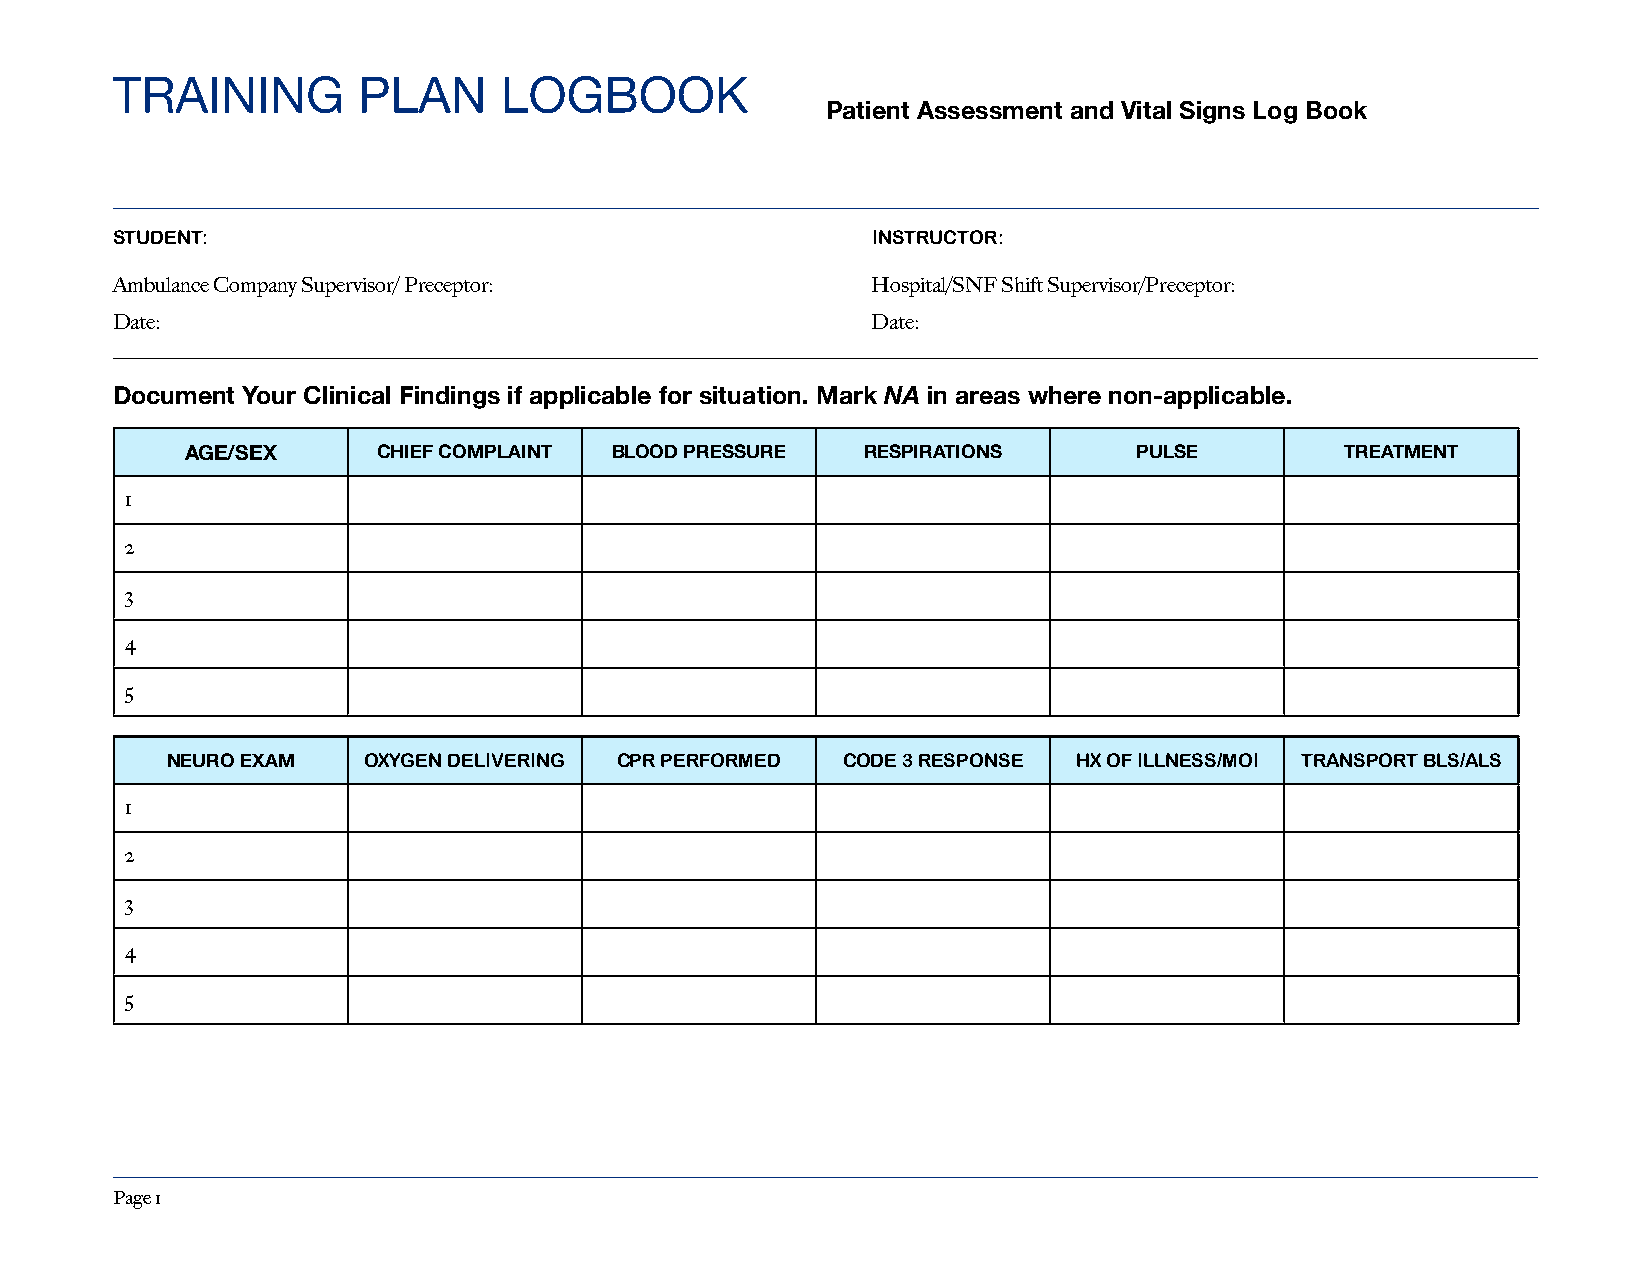
TRAINING         PLAN     LOGBOOK
 Patient Assessment and Vital Signs Log Book
 STUDENT:                                           INSTRUCTOR:
 Ambulance Company Supervisor/ Preceptor:           Hospital/SNF Shift Supervisor/Preceptor:
 Date:                                              Date:
 Document Your Clinical Findings if applicable for situation. Mark NA in areas where non-applicable.
 AGE/SEX      CHIEF COMPLAINT BLOOD PRESSURE  RESPIRATIONS      PULSE         TREATMENT
 1
 2
 3
 4
 5
 NEURO EXAM   OXYGEN DELIVERING CPR PERFORMED CODE 3 RESPONSE HX OF ILLNESS/MOI TRANSPORT BLS/ALS
 1
 2
 3
 4
 5
 Page 1